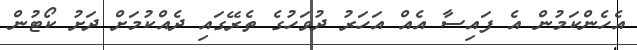
އެހެންކަމުން އެ ފައިސާ އެއް އަހަރު ދުވަހުގެ ތެރޭގައި ދެއްކުމަށް ދަށު ކޯޓުން